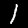
Digit: 1